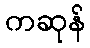
ကဆုန်